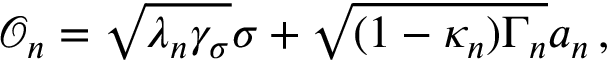
\mathcal { O } _ { n } = \sqrt { \lambda _ { n } \gamma _ { \sigma } } \sigma + \sqrt { ( 1 - \kappa _ { n } ) \Gamma _ { n } } a _ { n } \, ,